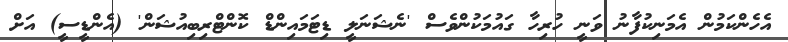
އެހެންކަމުން އެމަނިކުފާނު ވަނީ ހުރިހާ ގައުމަކުންވެސް 'ނެޝަނަލީ ޑިޓަމައިންޑް ކޮންޓްރިބިއުޝަން' (އެންޑީސީ) އަށް